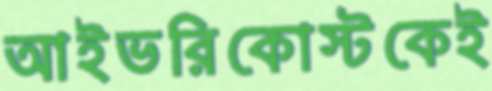
আইভরিকোস্টকেই